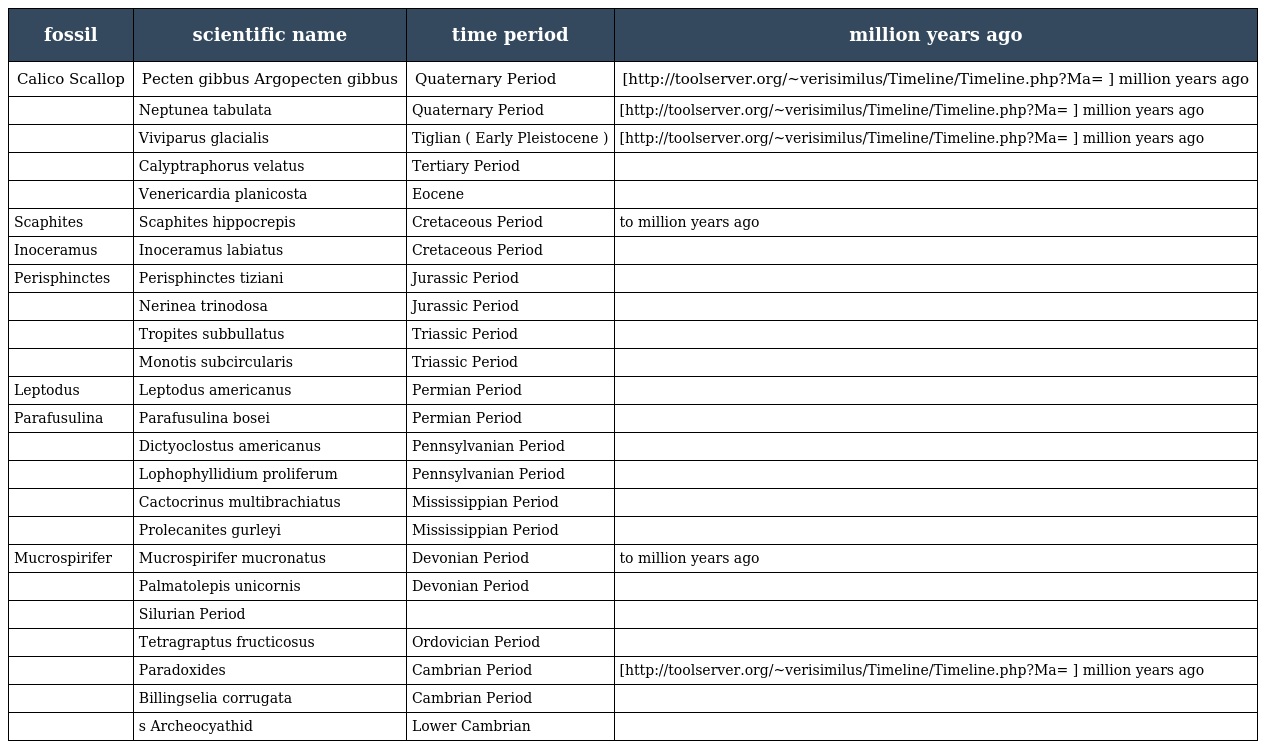
| fossil | scientific name | time period | million years ago |
 | --- | --- | --- | --- |
 | Calico Scallop | Pecten gibbus Argopecten gibbus | Quaternary Period | [http://toolserver.org/~verisimilus/Timeline/Timeline.php?Ma= ] million years ago |
 |  | Neptunea tabulata | Quaternary Period | [http://toolserver.org/~verisimilus/Timeline/Timeline.php?Ma= ] million years ago |
 |  | Viviparus glacialis | Tiglian ( Early Pleistocene ) | [http://toolserver.org/~verisimilus/Timeline/Timeline.php?Ma= ] million years ago |
 |  | Calyptraphorus velatus | Tertiary Period |  |
 |  | Venericardia planicosta | Eocene |  |
 | Scaphites | Scaphites hippocrepis | Cretaceous Period | to million years ago |
 | Inoceramus | Inoceramus labiatus | Cretaceous Period |  |
 | Perisphinctes | Perisphinctes tiziani | Jurassic Period |  |
 |  | Nerinea trinodosa | Jurassic Period |  |
 |  | Tropites subbullatus | Triassic Period |  |
 |  | Monotis subcircularis | Triassic Period |  |
 | Leptodus | Leptodus americanus | Permian Period |  |
 | Parafusulina | Parafusulina bosei | Permian Period |  |
 |  | Dictyoclostus americanus | Pennsylvanian Period |  |
 |  | Lophophyllidium proliferum | Pennsylvanian Period |  |
 |  | Cactocrinus multibrachiatus | Mississippian Period |  |
 |  | Prolecanites gurleyi | Mississippian Period |  |
 | Mucrospirifer | Mucrospirifer mucronatus | Devonian Period | to million years ago |
 |  | Palmatolepis unicornis | Devonian Period |  |
 |  | Silurian Period |  |  |
 |  | Tetragraptus fructicosus | Ordovician Period |  |
 |  | Paradoxides | Cambrian Period | [http://toolserver.org/~verisimilus/Timeline/Timeline.php?Ma= ] million years ago |
 |  | Billingselia corrugata | Cambrian Period |  |
 |  | s Archeocyathid | Lower Cambrian |  |